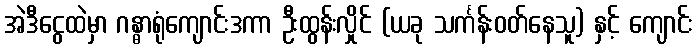
အဲဒီငွေထဲမှာ ဂန္ဓာရုံကျောင်းဒကာ ဦးထွန်းလှိုင် (ယခု သင်္ကန်းဝတ်နေသူ) နှင့် ကျောင်း